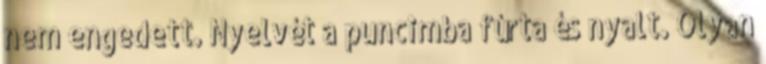
nem engedett. Nyelvét a puncimba fúrta és nyalt. Olyan